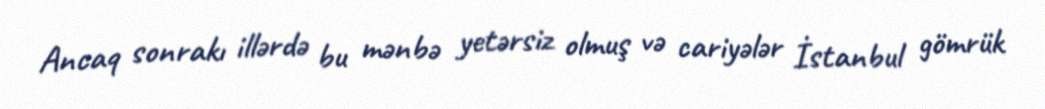
Ancaq sonrakı illərdə bu mənbə yetərsiz olmuş və cariyələr İstanbul gömrük